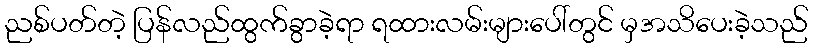
ညစ်ပတ်တဲ့ ပြန်လည်ထွက်ခွာခဲ့ရာ ရထားလမ်းများပေါ်တွင် မှအသိပေးခဲ့သည်